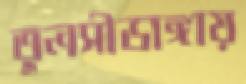
তুলসীডাঙ্গায়